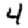
Digit: 4